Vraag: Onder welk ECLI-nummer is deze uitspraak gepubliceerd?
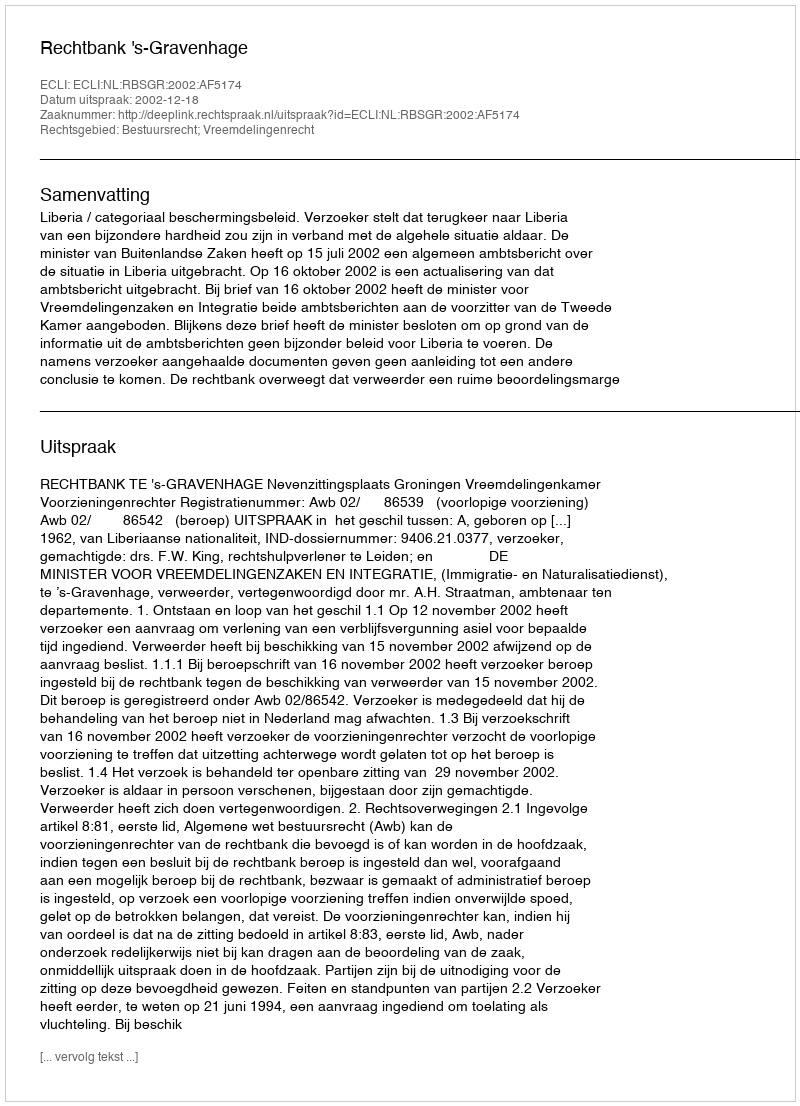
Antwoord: ECLI:NL:RBSGR:2002:AF5174